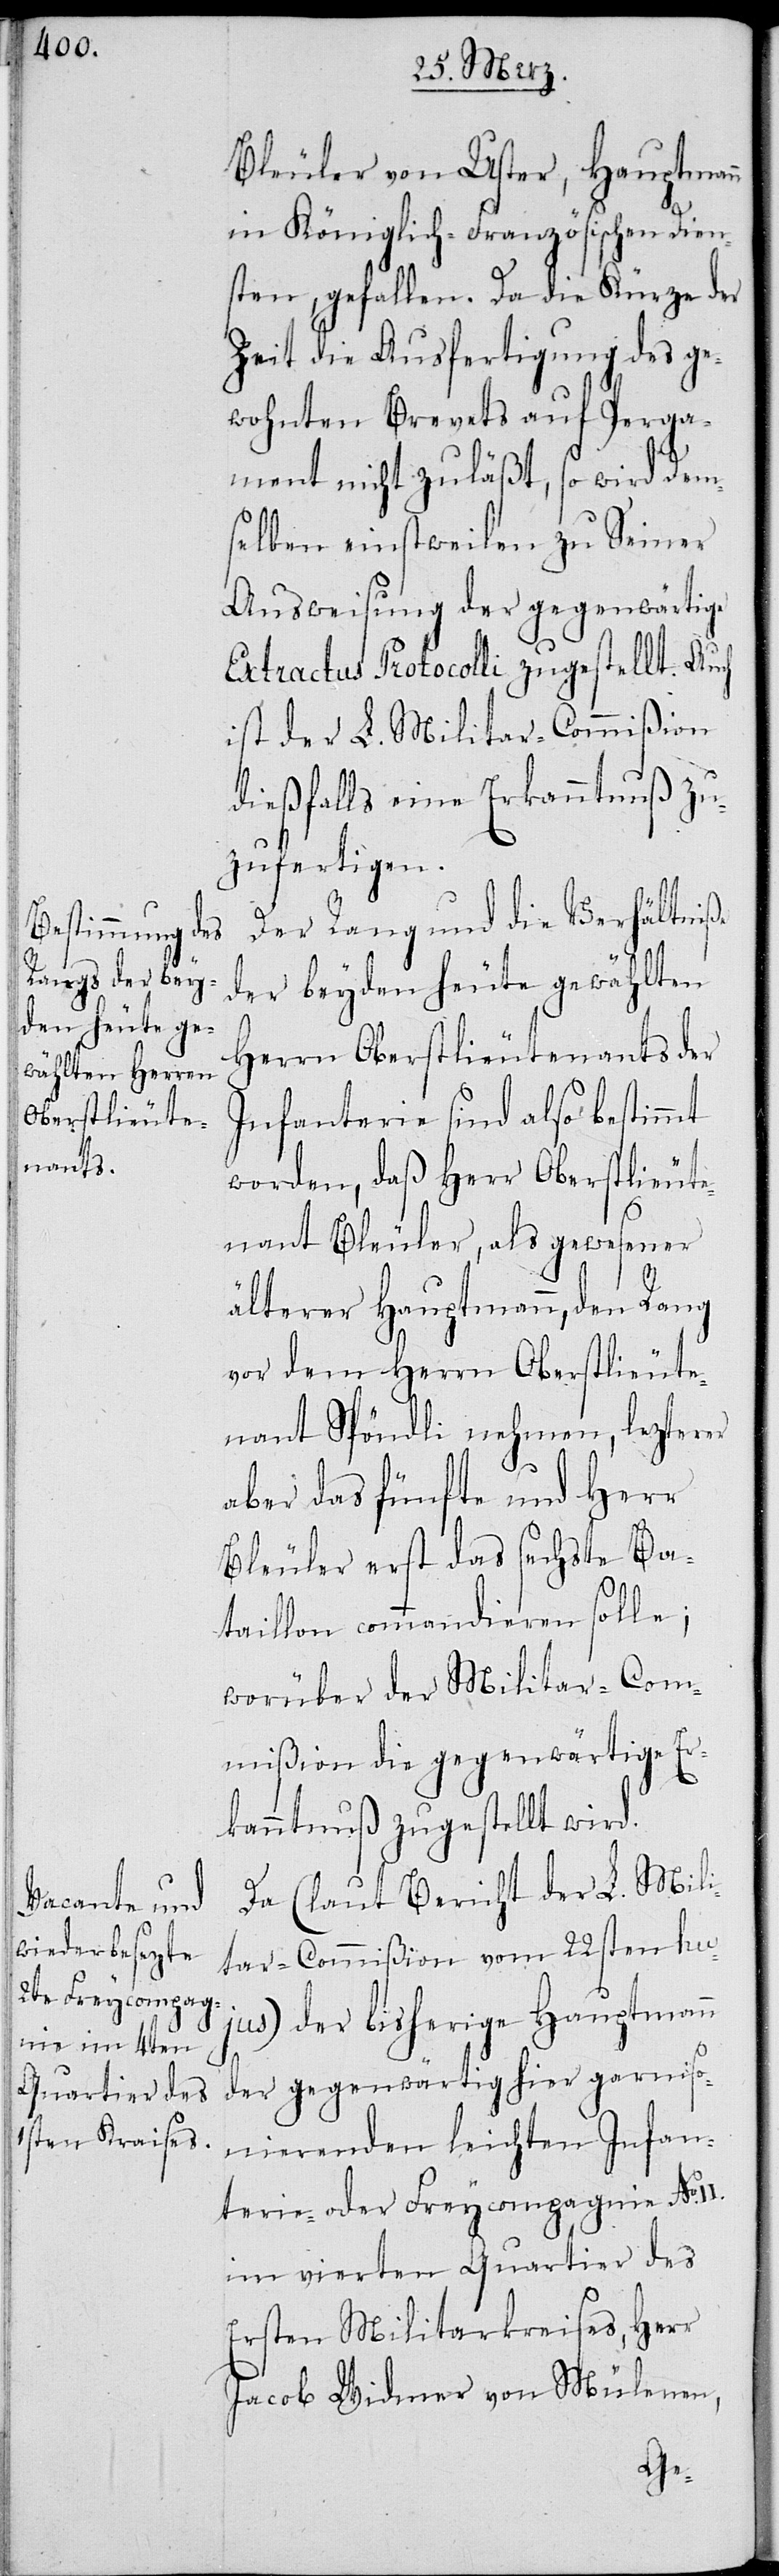
Bleuler von Uster, Hauptmann
in Königlich-Französischen Dien¬
sten, gefallen. Da die Kürze der
Zeit die Ausfertigung des ge¬
wohnten Brevets auf Perga¬
ment nicht zuläßt, so wird dem¬
selben einstweilen zu seiner
Ausweisung der gegenwärtige
Extractus Protocolli zugestellt. Auch
ist der L. Militar-Commißion
dießfalls eine Erkanntnuß zu¬
zufertigen.
Der Rang und die Verhältniße
der beyden heute gewählten
Herrn Oberstlieutenants der
Infanterie sind also bestimmt
worden, daß Herr Oberstlieute¬
nant Bleuler, als gewesener
älterer Hauptmann, den Rang
vor dem Herrn Oberstlieute¬
nant Spöndli nehmen, lezterer
aber das fünfte und Herr
Bleuler das sechste Ba¬
taillon commandieren solle;
worüber der Militar-Com¬
mißion die gegenwärtige Er¬
kanntnuß zugestellt wird.
Da (laut Bericht der L. Mili¬
tar-Commißion vom 22sten hu¬
jus) der bisherige Hauptmann
der gegenwärtig hier garniso¬
nierenden leichten Infan¬
terie- oder Freycompagnie No.
im vierten Quartier des
Ersten Militarkreises, Herr
Jacob Widmer von Mülenen,